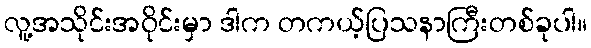
လူ့အသိုင်းအဝိုင်းမှာ ဒါက တကယ့်ပြသနာကြီးတစ်ခုပါ။